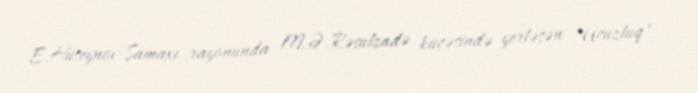
E.Hüseynov Şamaxı rayonunda M.Ə.Rəsulzadə küçəsində yerləşən "Ucuzluq"